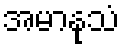
အမာနုသံ